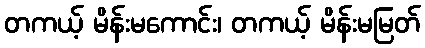
တကယ့် မိန်းမကောင်း၊ တကယ့် မိန်းမမြတ်